Lunatic asylums Madras 1877-1891 - 1877-1891
Year: 1877
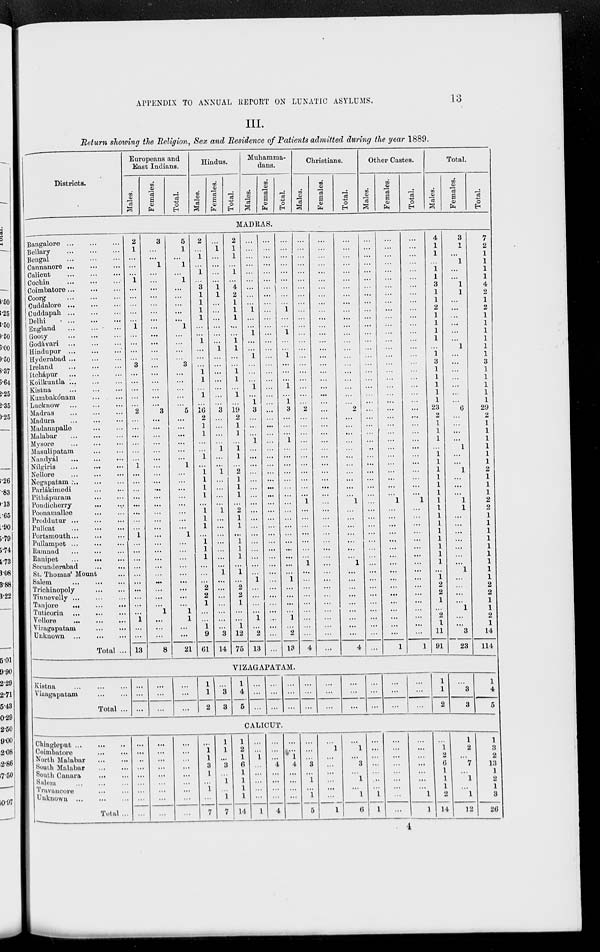
APPENDIX TO ANNUAL REPORT ON LUNATIC ASYLUMS.
13
III.
Return showing the Religion, Sex and Residence of Patients admitted during the year 1889.
Districts.
Europeans and
East Indians.
Males.
Females.
Total.
Hindus.
Males.
Females.
Total.
Muhamma-
dans.
Males.
Females.
Total.
Christians.
Males.
Females.
Total.
Other Castes.
Males.
Females.
Total.
Total.
Males.
Females.
Total.
MADRAS.
Bangalore
...
...
...
Bellary
...
...
...
Bengal
...
...
...
Cannanore
...
...
...
Calicut ... ... ...
Cochin
...
...
...
Coimbatore ... ... ...
Coorg
...
...
...
Cuddalore
...
...
...
Cuddapah
...
...
...
Delhi
...
...
...
England ... ... ...
Gooty
...
...
...
Godávari
...
...
...
Hindupur
...
...
...
Hyderabad ... ... ...
Ireland
...
...
...
Itchápur
...
...
...
Koilkuntla ... ... ...
Kistna
...
...
...
Kumbakónam
...
...
Lucknow ... ... ...
Madras
...
...
...
Madura
...
...
...
Madanapalle
...
...
Malabar
...
...
...
Mysore
...
...
...
Masulipatam
...
...
Nandyál
...
...
...
Nílgiris
...
...
...
Nellore
...
...
...
Negapatam
...
...
...
Parlákimedi
...
...
Pithápuram
...
...
Pondicherry ... ...
Poonamallee ... ...
Proddutur
...
...
...
Pulicat ... ... ...
Portsmouth ... ... ...
Pullampet
...
...
...
Ramnad ... ... ...
Ranipet
...
...
...
Secunderabad
...
...
St. Thomas' Mount ...
Salem
...
...
...
Trichinopoly
...
...
Tinnevelly
...
...
...
Tanjore
...
...
...
Tuticorin
...
...
...
Vellore
...
...
...
Vizagapatam
...
...
Unknown
...
...
...
Total ...
2
1
...
...
...
1
...
...
...
...
...
1
...
...
...
...
3
...
...
...
...
...
2
...
...
...
...
...
...
1
...
...
...
...
...
...
...
...
1
...
...
...
...
...
...
...
...
...
...
1
...
...
13
3
...
...
1
...
...
...
...
...
...
...
...
...
...
...
...
...
...
...
...
...
...
3
...
...
...
...
...
...
...
...
...
...
...
...
...
...
...
...
...
...
...
...
...
...
...
...
...
1
...
...
...
8
5
1
...
1
...
1
...
...
...
...
...
1
...
...
...
...
3
...
...
...
...
...
5
...
...
...
...
...
...
1
...
...
...
...
...
...
...
...
1
...
...
...
...
...
...
...
...
...
1
1
...
...
21
2
...
1
...
1
...
3
1
1
1
1
...
...
1
...
...
...
1 1
...
1
...
16
2
1
1
...
...
1
...
1
1
1
1
...
1
1
1
...
1
1
1
...
...
...
2
2
1
...
...
1
9
61
...
1
...
...
...
...
1
1
...
...
...
...
...
...
1
...
...
...
...
...
...
...
3
...
...
...
...
1
...
...
1
...
...
...
...
1
...
...
...
...
...
...
...
1
...
...
...
...
...
...
...
3
14
2
1
1
...
1
...
4
2
1
1
1
...
...
1
1
...
...
1
1
...
1
...
19
2
1
1
...
1
1
...
2
1
1
1
...
2
1
1
...
1
1
1
...
1
...
2
2
1
...
...
1
12
75
...
...
...
...
...
...
...
...
...
1
...
...
1
...
...
1
...
...
...
1
...
1
3
...
...
...
1
...
...
...
...
...
...
...
...
...
...
...
...
...
...
...
...
...
1
...
...
...
...
1
...
2
13
...
...
...
...
...
...
...
...
...
...
...
...
...
...
...
...
...
...
...
...
...
...
...
...
...
...
...
...
...
...
...
...
...
...
...
...
...
...
...
...
...
...
...
...
...
...
...
...
...
...
...
...
...
...
...
...
...
...
...
...
...
...
1
...
...
1
...
...
1
...
...
...
1
...
1
3
...
...
...
1
...
...
...
...
...
...
...
...
...
...
...
...
...
...
...
...
...
1
...
...
...
...
1
...
2
13
...
...
...
...
...
...
...
...
...
...
...
...
...
...
...
...
...
...
...
...
...
...
2
...
...
...
...
...
...
...
...
...
...
...
1
...
...
...
...
...
...
...
1
...
...
...
...
...
...
...
...
...
4
...
...
...
...
...
...
...
...
...
...
...
...
...
...
...
...
...
...
...
...
...
...
...
...
...
...
...
...
...
...
...
...
...
...
...
...
...
...
...
...
...
...
...
...
...
...
...
...
...
...
...
...
...
...
...
...
...
...
...
...
...
...
...
...
...
...
...
...
...
...
...
...
...
...
...
2
...
...
...
...
...
...
...
...
...
...
...
1
...
...
...
...
...
...
...
1
...
...
...
...
...
...
...
...
...
4
...
...
...
...
...
...
...
...
...
...
...
...
...
...
...
...
...
...
...
...
...
...
...
...
...
...
...
..
...
...
...
...
...
...
...
...
...
...
...
...
...
...
...
...
...
...
...
...
...
...
...
...
...
...
...
...
...
...
...
...
...
...
...
...
...
...
...
...
...
...
...
...
...
...
...
...
...
...
...
...
...
...
...
...
...
...
...
1
...
...
...
...
....
...
...
...
...
...
...
...
...
...
...
...
...
1
...
...
...
...
...
...
...
...
...
...
...
...
...
...
...
...
...
...
...
...
...
...
...
...
...
...
...
...
...
...
...
...
...
...
1
...
...
...
...
...
...
...
...
...
...
...
...
...
...
...
...
...
1
4
1
1
...
1
1
3
1
1
2
1
1
1
1
...
1
3
1
1
1
1
1
23
2
1
1
1
...
1
1
1
1
1
1
1
1
1
1
1
1
1
1
1
...
1
2
2
1
...
2
1
11
91
3
1
...
1
...
...
1
1
...
...
...
...
...
...
1
...
...
...
...
...
...
...
6
...
...
...
...
1
...
...
1
...
...
...
1
1
...
...
...
...
...
...
...
1
...
...
...
...
1
...
...
3
23
7
2
1
1
1
1
4
2
1
2
1
1
1
1
1
1
3
1
1
1
1
1
29
2
1
1
1
1
1
1
2
1
1
1
2
2
1
1
1
1
1
1
1
1
1
2
2
1
1
2
1
14
114
VIZAGAPATAM.
Kistna
...
...
...
Vizagapatam
...
...
Total ...
...
...
...
...
...
...
...
...
...
1
1
2
...
3
3
1
4
5
...
...
...
...
...
...
...
...
...
...
...
...
...
...
...
...
...
...
...
...
...
...
...
...
...
...
...
1
1
2
...
3
3
1
4
5
CALICUT.
Chingleput ... ... ...
Coimbatore
...
...
North Malabar
...
...
South Malabar
...
...
South Canara
...
...
Salem
...
...
...
Travancore ... ...
Unknown
...
...
...
Total ...
...
...
...
...
...
...
...
...
...
...
...
...
...
...
...
...
...
...
...
...
...
...
...
...
...
...
...
... 1
1
3
1
...
1
...
7
1
1
...
3
...
1
...
1
7
1
2
1
6
1
1
1
1
14
...
...
1
...
...
...
...
...
1
...
...
...
4
...
...
...
...
4
...
...
1
4
...
...
...
...
5
...
...
...
3
...
1
...
1
5
...
1
...
...
...
...
...
...
1
...
1
...
3
...
1
...
1
6
...
...
...
...
...
... ...
1
1
...
...
...
...
...
...
...
...
...
...
...
...
...
...
...
...
1
1
...
1
2
6
1
1
1
2
14
1
2
...
7
...
1
...
1
12
1
3
2
13
1
2
1
3
26
4